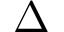
\Delta